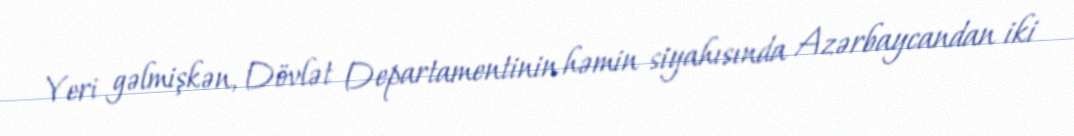
Yeri gəlmişkən, Dövlət Departamentinin həmin siyahısında Azərbaycandan iki